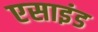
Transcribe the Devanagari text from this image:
एसाइंड